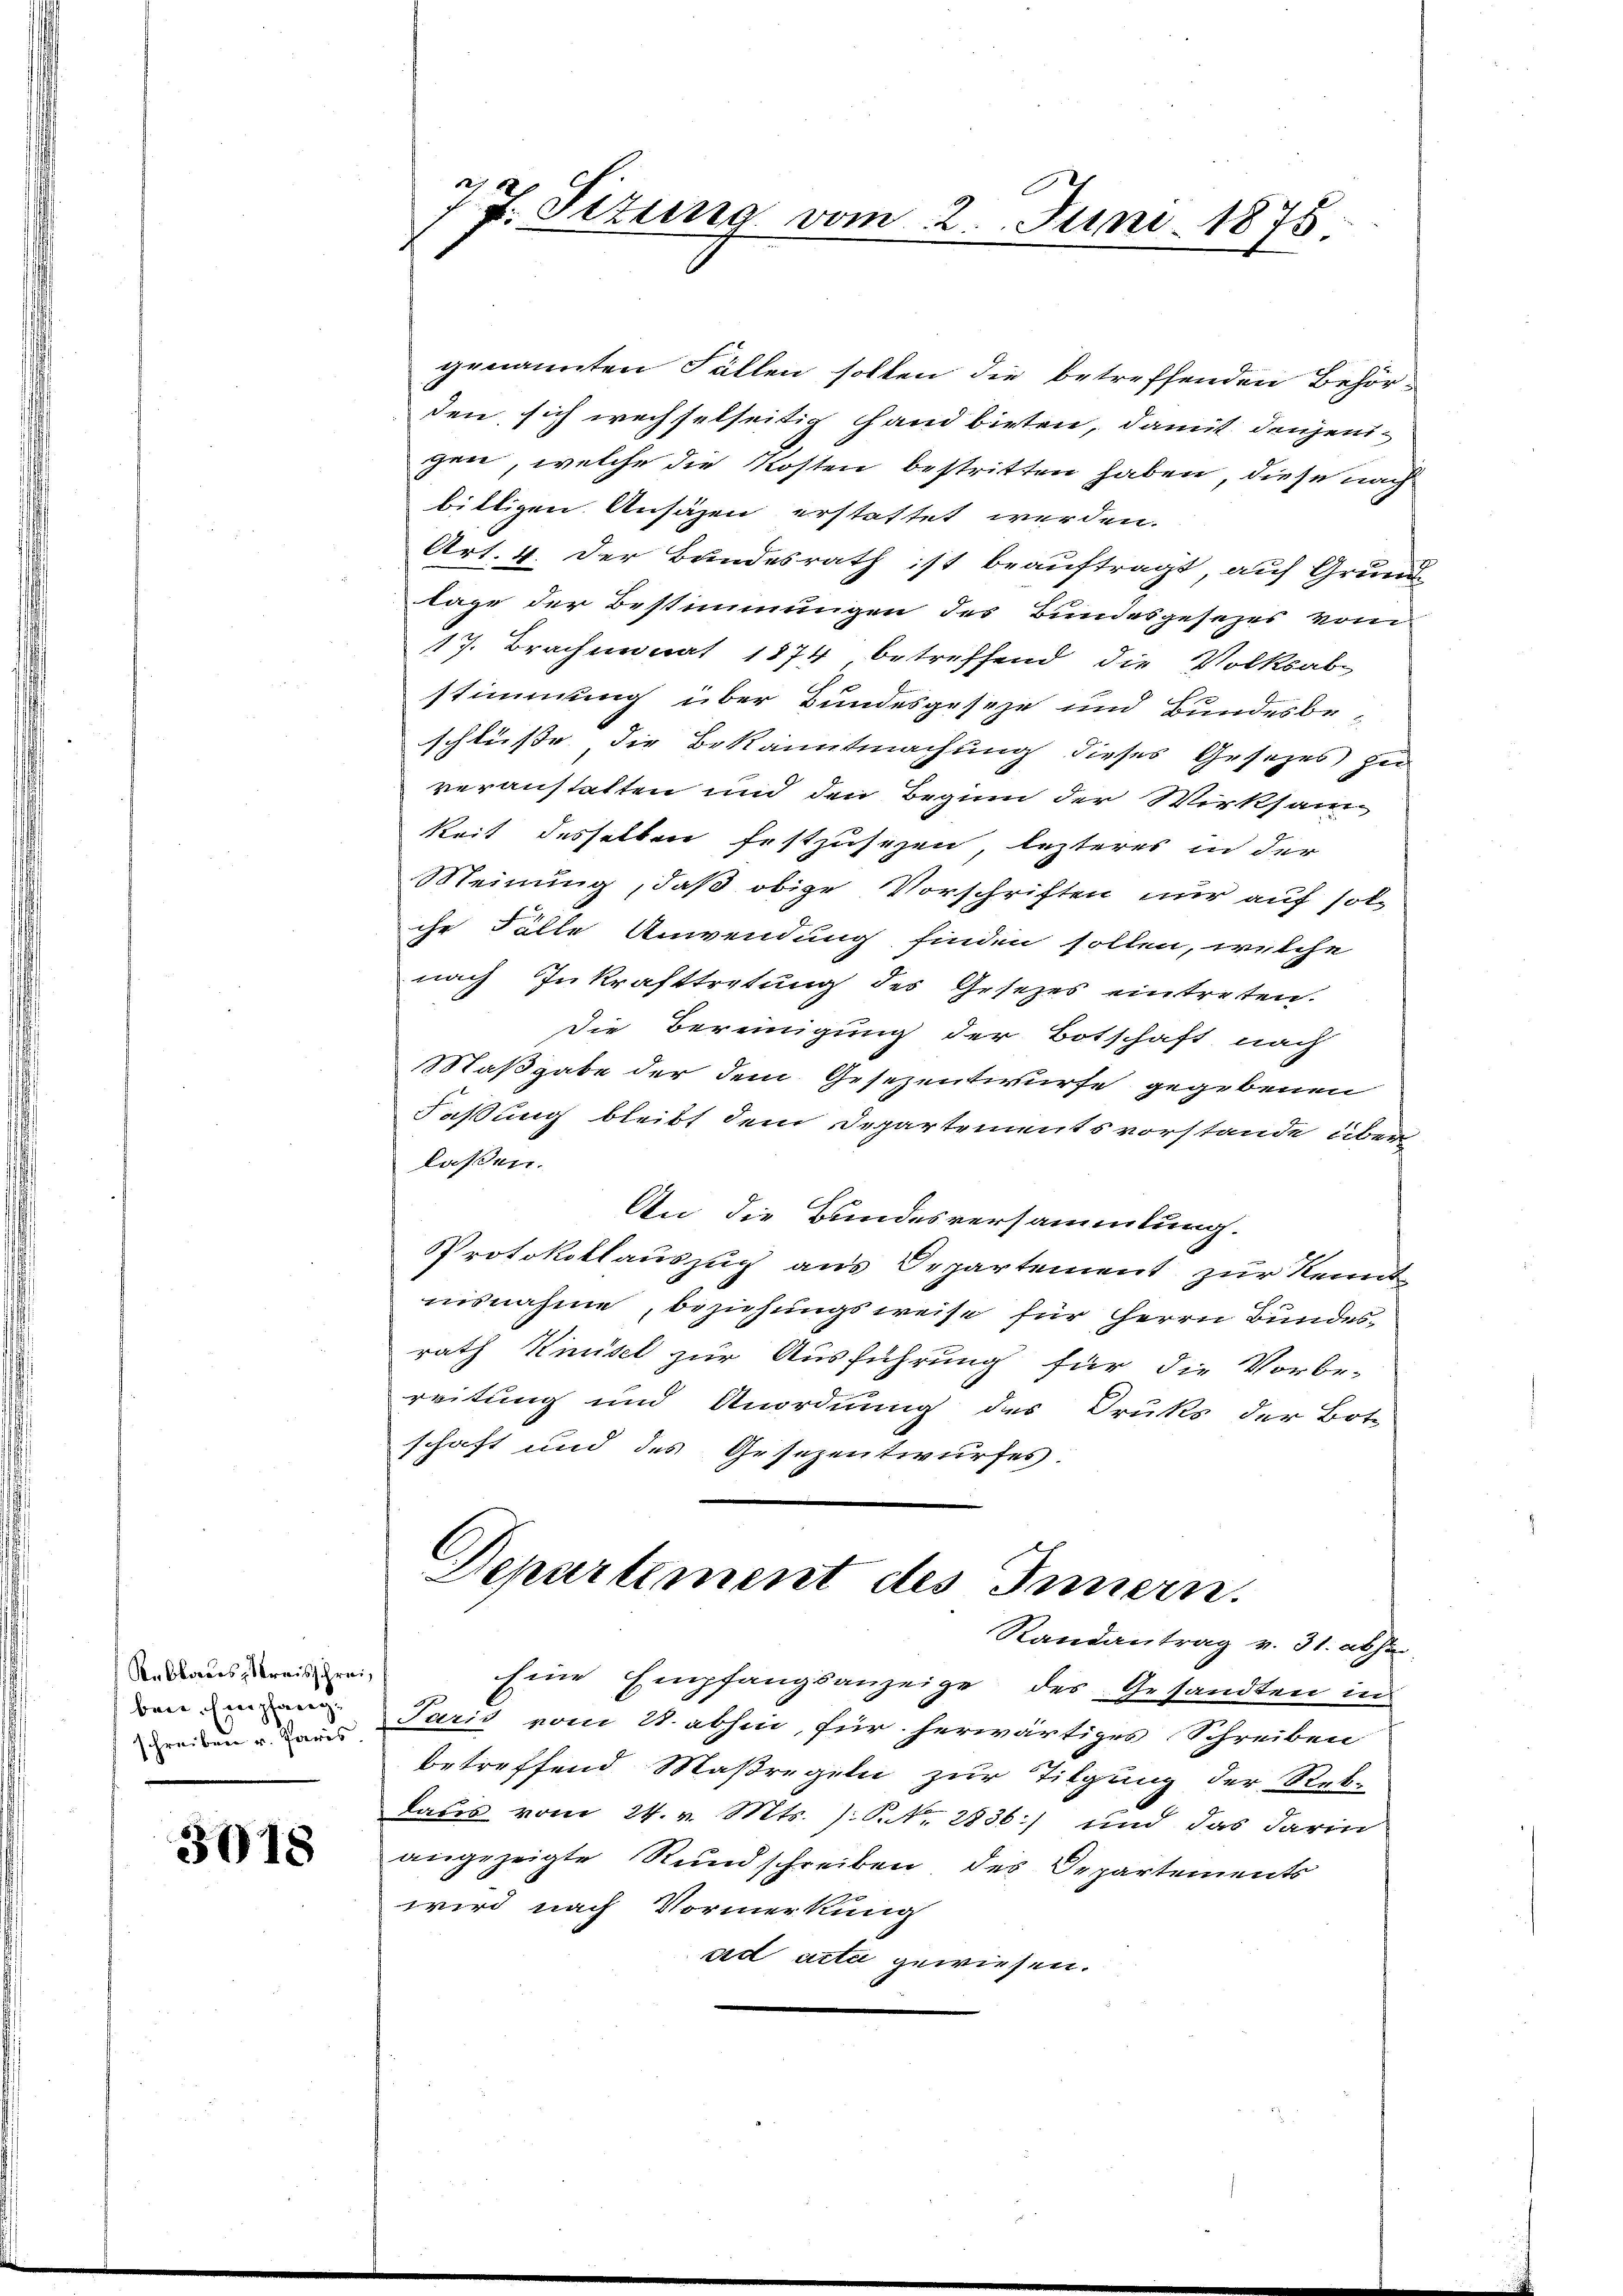
Reblandes Kreisschrei
bene Empfang
schreiben v. Paris

3018

2
17. Sizung vom 2. Juni 1875.

genannten Fällen sollen die betreffenden Behör-
den sich wechselseitig hand bieten, damit denjenigen, welche die Kosten bestritten haben, diese nach
bittigen Ansäzen erstattet werden.
Art. 4. Der Bundesrath ist beauftragt, auf Grund-
lage der Bestimmungen des Bundesgesezes vom
17. Brachmonat 1874 betreffend die Volksab-
stimmung über Bundesgeseze und Bundesbeschlüsse die Bekanntmachung dieses Gesetzes zu
veranstatten und den Beginn der Wirksam
keit desselben festzusetzen lezteres in der
Meinung, daß obige Vorschriften nur auf solche Fälle Anwendung finden sollen, welche
nach Inkrafttretung des Gesetzes eintreten.
Die Bereinigung der Botschaft nach
Maßgabe der dem Gesezentwurfe gegebenen
Faßung bleibt dem Departementsvorstande über
laßen.
An die Bundesversammlung.
Protokollaussuch aus Departement zur Kennt
uisnahme, beziehungsweise für Herrn Bundesrath Kisel zur Ausführung für die Vorbe-
reitung und Anordnung des Druks der Bote
schaft und des Gesezentwurfes.
l
Departement des Innern.
Randantrag v. 31. absar
Eine Empfangsanzeige des Gesandten in
Paris vom 28. abhin, für herwärtiges Schreiben
betreffend Maßregeln zur Tilgung der Rek-
taus vom 24. v. Mts. (N.Nr. 2836) und das darin
angezeigte Rundschreiben des Departements
wird nach Vormerkung
ad acta gewiesen.